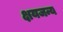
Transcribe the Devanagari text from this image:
क्षयजन्य